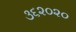
૩૬૨૦૨૦